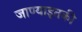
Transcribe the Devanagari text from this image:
जाण्याइतकी